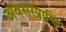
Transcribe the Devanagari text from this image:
अवसरप्राप्ति